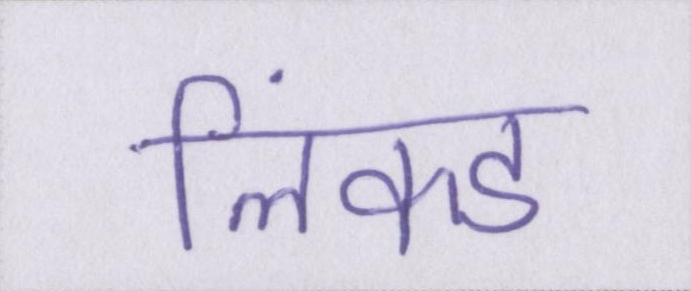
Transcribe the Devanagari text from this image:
लिंक्ड